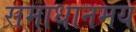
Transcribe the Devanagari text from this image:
समाधानमय